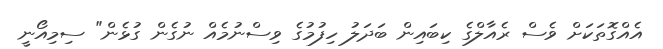
އެއްގޮތަކަށް ވެސް ރެއާލްގެ ކިބައިން ބަދަލު ހިފުމުގެ ވިސްނުމެއް ނުގެން ގުޅެން" ސިމިއޯނީ